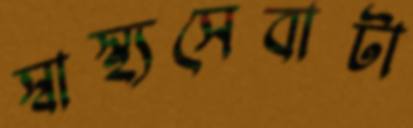
স্বাস্থ্যসেবাটা